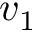
v _ { 1 }